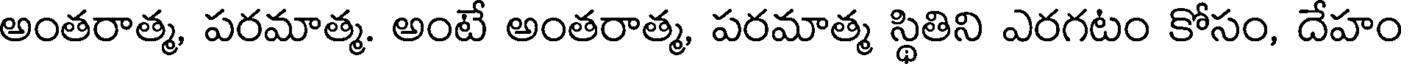
అంతరాత్మ, పరమాత్మ. అంటే అంతరాత్మ, పరమాత్మ స్థితిని ఎరగటం కోసం, దేహం